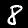
Digit: 8